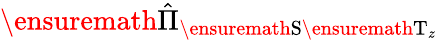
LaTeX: \ensuremath{\hat{\Pi}}_{\ensuremath{\mathrm{S}}\ensuremath{\mathrm{T}}_{z}}